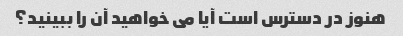
هنوز در دسترس است آیا می خواهید آن را ببینید؟